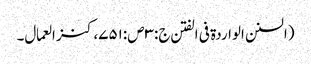
(السنن الواردة فی الفتن ج:۳ص:۷۵۱،کنز العمال۔